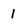
Character: 1